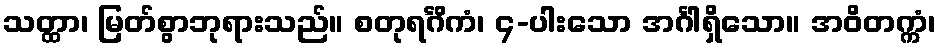
သတ္ထာ၊ မြတ်စွာဘုရားသည်။ စတုရင်္ဂိကံ၊ ၄-ပါးသော အင်္ဂါရှိသော။ အဝိတက္ကံ၊